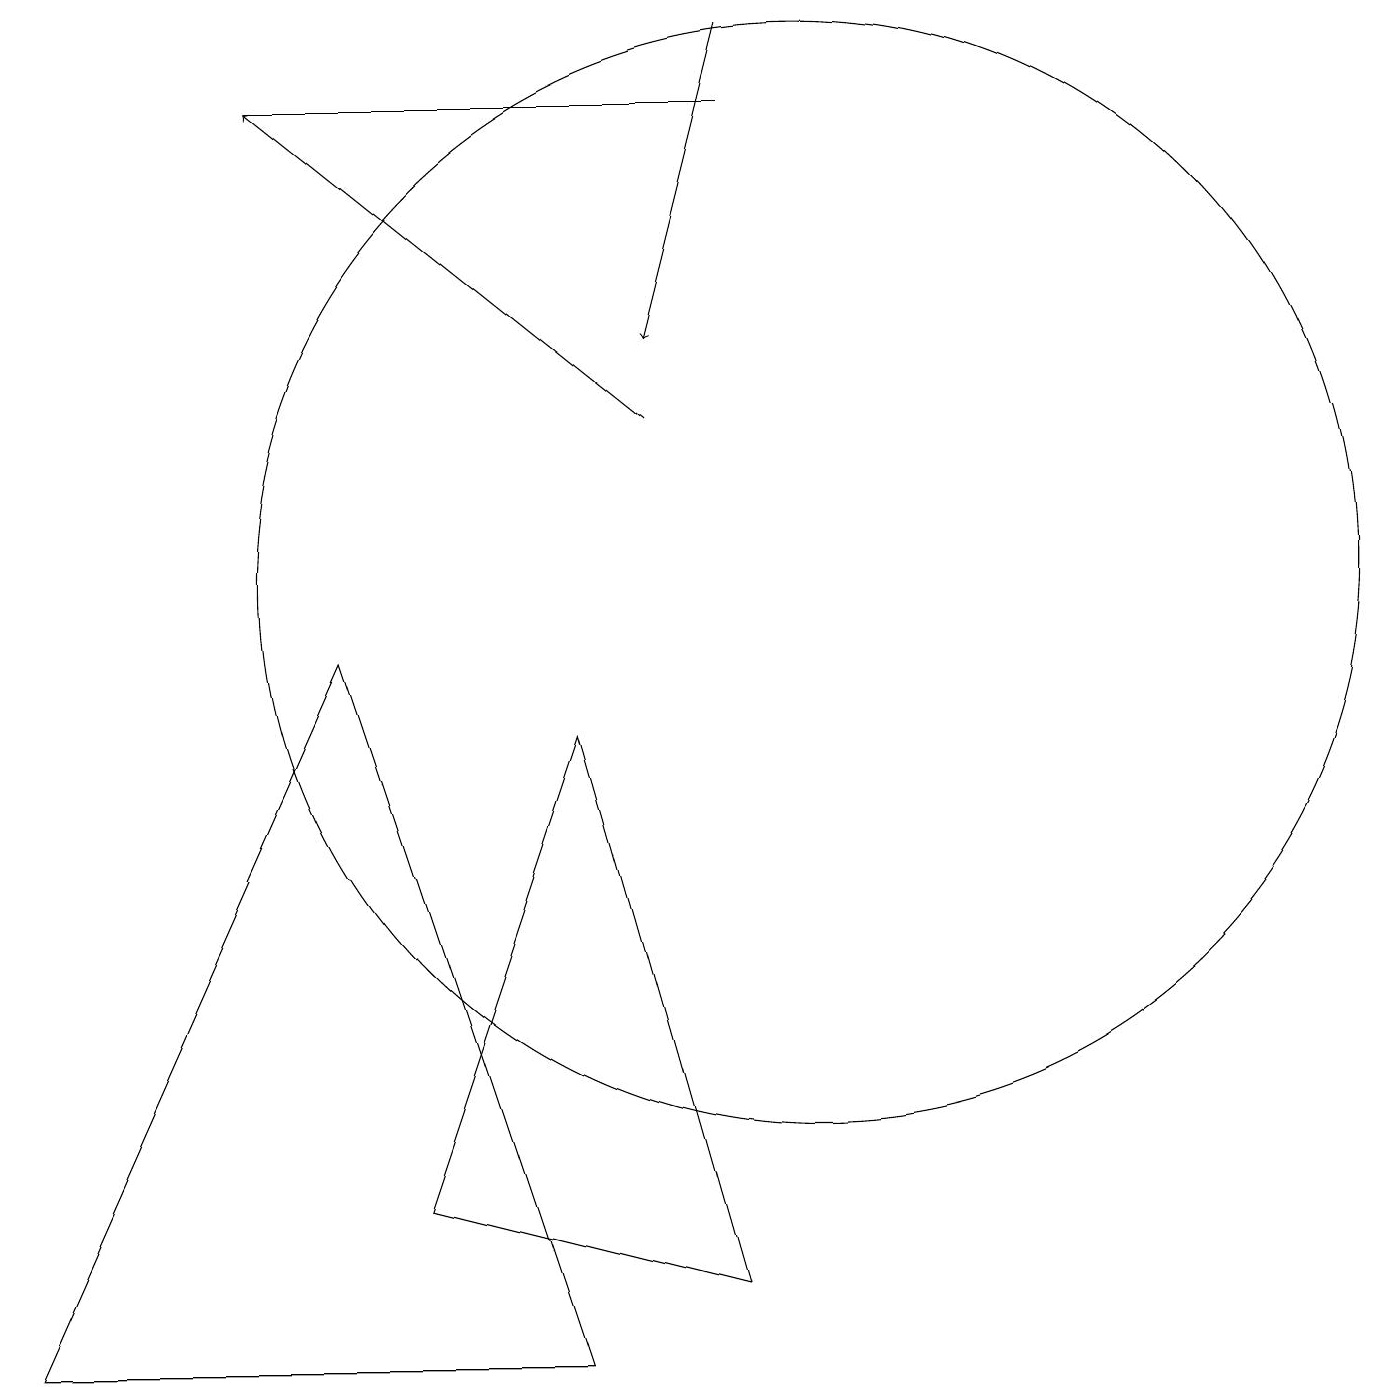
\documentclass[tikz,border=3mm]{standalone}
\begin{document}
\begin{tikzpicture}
\draw (10,10) circle (7);
\draw (5,2) -- (7,8) -- (9,1) -- cycle;
\draw (7,0) -- (4,9) -- (0,0) -- cycle;
\draw[->] (8,12) -- (3,16);
\draw (10,11) circle (0);
\draw (9,16) rectangle (3,16);
\draw[->] (9,17) -- (8,13);
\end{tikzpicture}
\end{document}